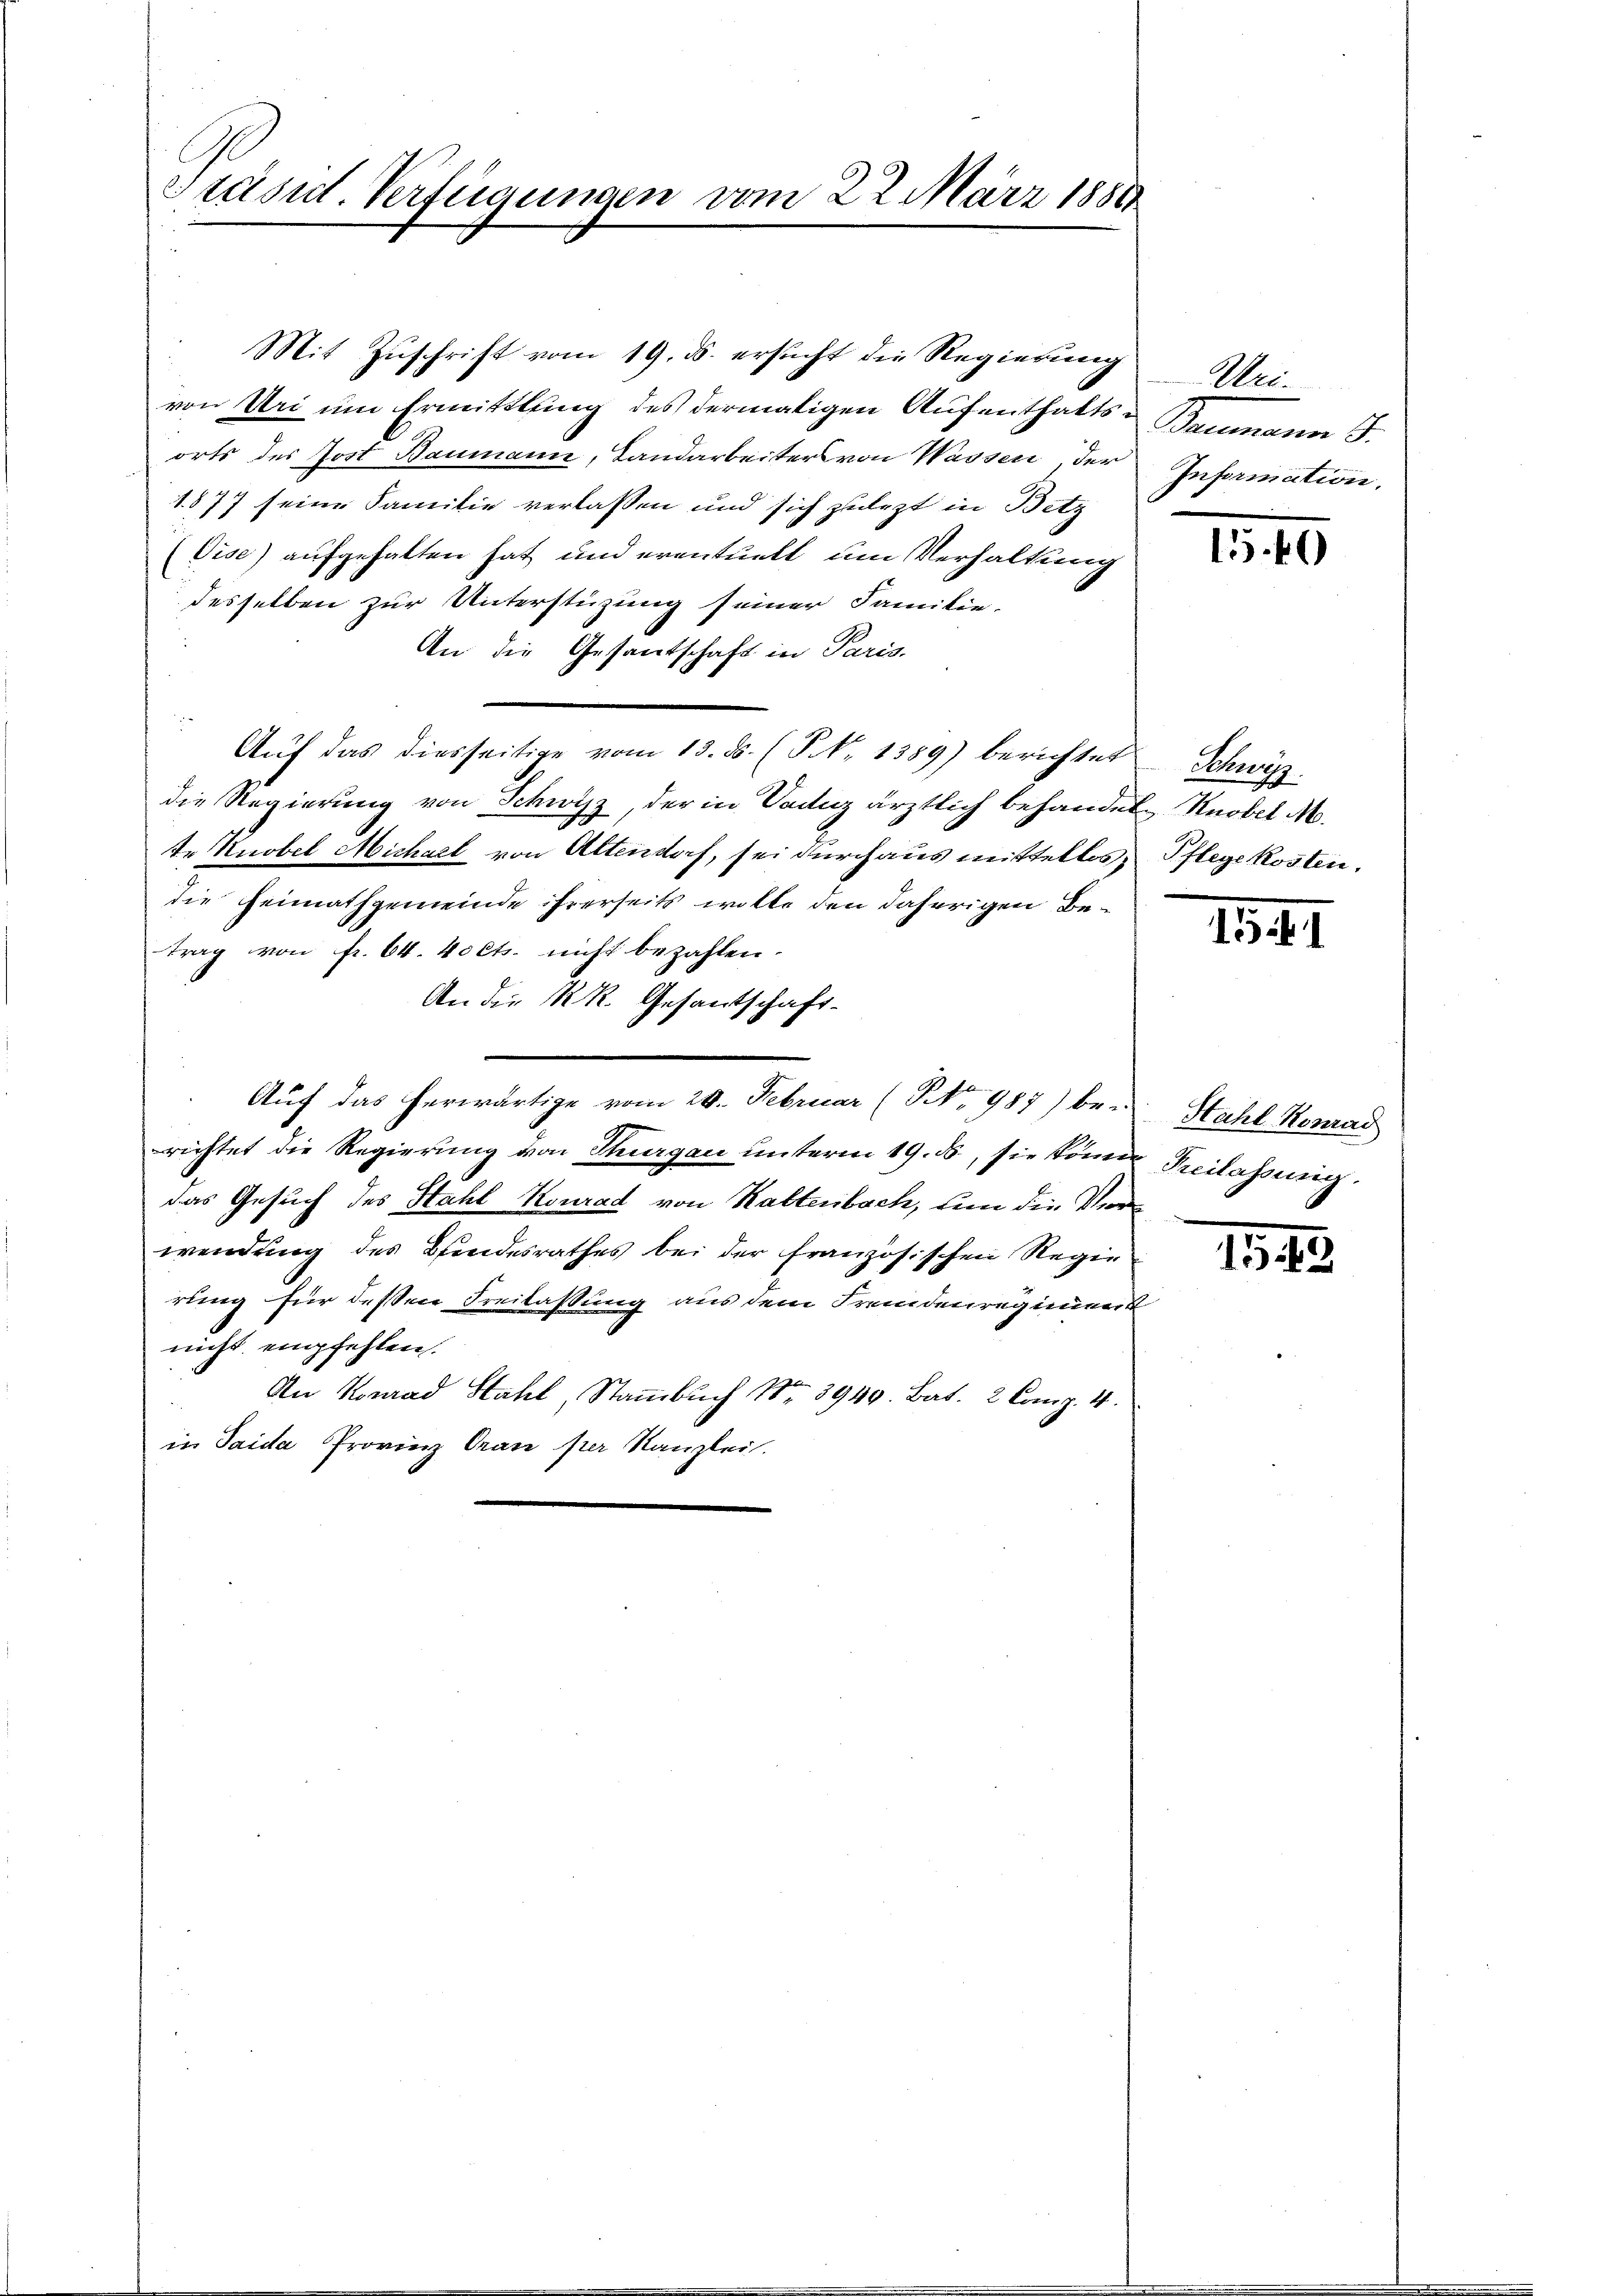
Präsid. Verfügungen vom 22. März 1888

von Uri um Ermittlung des dermaligen Aufenthaltsorts des Jost Baumann, Landarbeiters von Wassen, der
1877 seine Familie verlassen und sich zulezt in Betz
(Vise) aufgehalten hat und eventuell um Verhaltung
desselben zur Unterstüzung seiner Familie-
An die Gesantschaft in Paris.
Aŭf das diesseitige vom 13. ds. (T. 1389) berichtet Schwyz
die Regierung von Schwyz, der in Sachez ärztlich behandel, Knobel M.
te Knobel Michael von Altendorf, sei durchaus mittellos, Pflegekosten.
die Heimathgemeinde ihrerseits wolle den daherigen Betrag von fr. 64. 40 Cts. nicht bezahlen.
An die K. R. Gesantschaft-
Auf das herwärtige vom 20. Februar (NNo. 987) be-
richtet die Regierung von Thurgau unterm 19. ds, sie könne Peilassung
das Gesuch des Hahl Konrad von Kaltenbach, um die Verwendung des Bindesrathes bei der französischen Regie
rung für deßen Freilassung aus dem Fremdenregiment
nicht empfehlen.
An Konrad Stahl, Stammbuch Nr. 3940. Bat. 2 Comp. 4.
in Saida Provinz Gran per Kanzlei.

Mit Zuschrift vom 19. ds. ersucht die Regierung Wei¬

Sanmann S.
Information.

1. 40

1541

Hahl Konrad

154